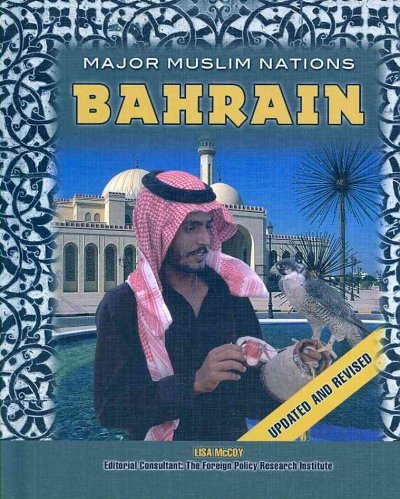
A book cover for Bahrain (Major Muslim Nations); Lisa McCoy; History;